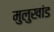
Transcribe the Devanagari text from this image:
मुलुखांड